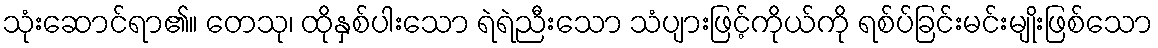
သုံးဆောင်ရာ၏။ တေသု၊ ထိုနှစ်ပါးသော ရဲရဲညီးသော သံပျားဖြင့်ကိုယ်ကို ရစ်ပ်ခြင်းမင်းမျိုးဖြစ်သော